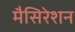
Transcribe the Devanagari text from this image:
मैसिरेशन